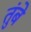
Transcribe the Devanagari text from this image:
तुंबे